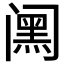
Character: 𮤸